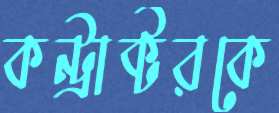
কন্ট্রাক্টরকে